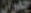
جدران